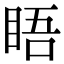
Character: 𥆐